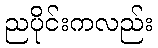
ညပိုင်းကလည်း